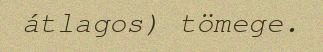
átlagos) tömege.